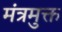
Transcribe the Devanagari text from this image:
मंत्रमुक्त